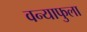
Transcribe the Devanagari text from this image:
वन्याफुला